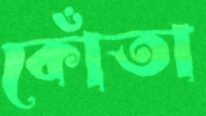
কোঁতা